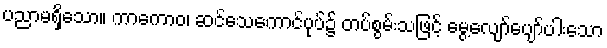
ပညာမရှိသော။ ကာကောဝ၊ ဆင်သေကောင်ပုပ်၌ တပ်စွမ်းသဖြင့် မွေ့လျော်ပျော်ပါးသော